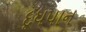
દૂધપાન